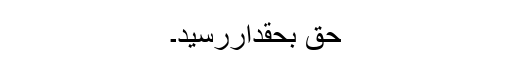
حق بحقداررسید۔